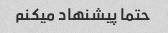
حتما پیشنهاد میکنم